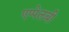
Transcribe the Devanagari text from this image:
एप्पेलबी